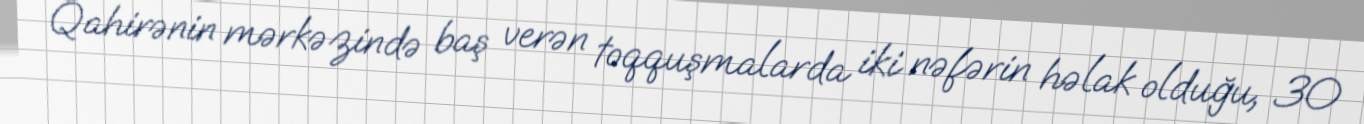
Qahirənin mərkəzində baş verən toqquşmalarda iki nəfərin həlak olduğu, 30